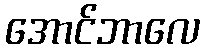
အောင်ဘာလေ